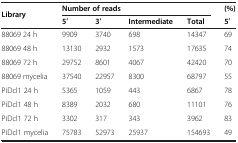
<table><thead><tr><td rowspan="2"><b>Library</b></td><td colspan="4"><b>Number of reads</b></td><td><b>(%)</b></td></tr><tr><td><b>5′</b></td><td><b>3′</b></td><td><b>Intermediate</b></td><td><b>Total</b></td><td><b>5′</b></td></tr></thead><tbody><tr><td>88069 24 h</td><td>9909</td><td>3740</td><td>698</td><td>14347</td><td>69</td></tr><tr><td>88069 48 h</td><td>13130</td><td>2932</td><td>1573</td><td>17635</td><td>74</td></tr><tr><td>88069 72 h</td><td>29752</td><td>8601</td><td>4067</td><td>42420</td><td>70</td></tr><tr><td>88069 mycelia</td><td>37540</td><td>22957</td><td>8300</td><td>68797</td><td>55</td></tr><tr><td>PiDcl1 24 h</td><td>5365</td><td>1059</td><td>443</td><td>6867</td><td>78</td></tr><tr><td>PiDcl1 48 h</td><td>8389</td><td>2032</td><td>680</td><td>11101</td><td>76</td></tr><tr><td>PiDcl1 72 h</td><td>3302</td><td>317</td><td>343</td><td>3962</td><td>83</td></tr><tr><td>PiDcl1 mycelia</td><td>75783</td><td>52973</td><td>25937</td><td>154693</td><td>49</td></tr></tbody></table>